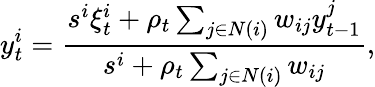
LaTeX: y_{t}^{i}=\frac{s^{i}\xi_{t}^{i}+\rho_{t}\sum_{j\in N(i)}w_{ij}y_{t-1}^{j}}{s^{i}+\rho_{t}\sum_{j\in N(i)}w_{ij}},